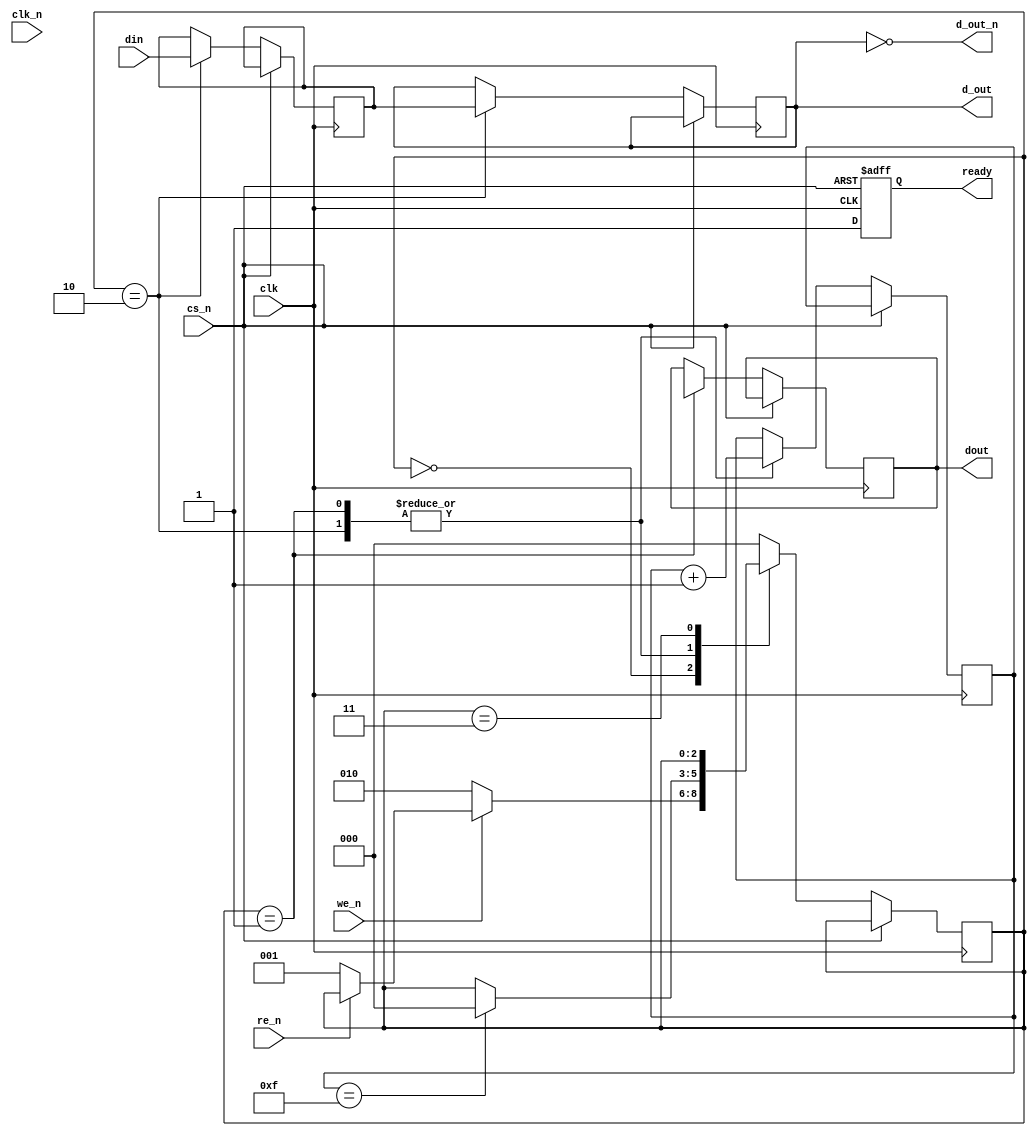
module gddr3_io_block (
    input wire clk,                // System clock
    input wire clk_n,              // Differential clock (inverted)
    input wire cs_n,               // Chip Select (active low)
    input wire we_n,               // Write Enable (active low)
    input wire re_n,               // Read Enable (active low)
    input wire [7:0] din,          // Data input (for x8 configuration)
    output reg [7:0] dout,         // Data output
    output reg [7:0] d_out,        // Data output buffer
    output wire [7:0] d_out_n,      // Inverted data output
    output reg ready               // Ready signal
);

// Internal signals
reg [7:0] data_buffer;            // Buffer for incoming data
reg [7:0] read_data;              // Buffer for outgoing data
reg [3:0] burst_counter;           // Burst counter for read/write operations
reg [2:0] state;                  // State machine for control logic

// State definitions
localparam IDLE = 3'b000,
           READ = 3'b001,
           WRITE = 3'b010,
           POWER_DOWN = 3'b011;

// Clock generation (for simulation purposes)
always @(posedge clk or negedge cs_n) begin
    if (!cs_n) begin
        ready <= 1'b0; // Not ready when chip is selected
    end else begin
        ready <= 1'b1; // Ready when chip is not selected
    end
end

// Read/Write Control Logic
always @(posedge clk) begin
    if (!cs_n) begin
        case (state)
            IDLE: begin
                if (!we_n) begin
                    state <= WRITE; // Transition to WRITE state
                end else if (!re_n) begin
                    state <= READ;  // Transition to READ state
                end
            end
            
            WRITE: begin
                data_buffer <= din; // Latch input data
                d_out <= data_buffer; // Drive data onto the bus
                burst_counter <= burst_counter + 1; // Increment burst counter
                if (burst_counter == 4'b1111) begin
                    state <= IDLE; // Return to IDLE after burst
                end
            end
            
            READ: begin
                dout <= read_data; // Output data on read
                burst_counter <= burst_counter + 1; // Increment burst counter
                if (burst_counter == 4'b1111) begin
                    state <= IDLE; // Return to IDLE after burst
                end
            end
            
            POWER_DOWN: begin
                // Implement power down logic if required
            end
            
            default: state <= IDLE; // Default to IDLE
        endcase
    end
end

// Data Alignment and Error Detection (ECC)
always @(posedge clk) begin
    // Implement data alignment and ECC logic here
    // This is a placeholder for actual implementation
end

// Output Inversion for Differential Signaling
assign d_out_n = ~d_out; // Inverted output for differential signaling

endmodule